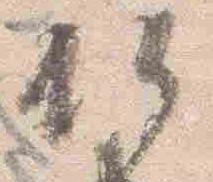
仏